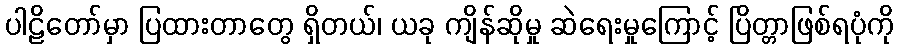
ပါဠိတော်မှာ ပြထားတာတွေ ရှိတယ်၊ ယခု ကျိန်ဆိုမှု ဆဲရေးမှုကြောင့် ပြိတ္တာဖြစ်ရပုံကို